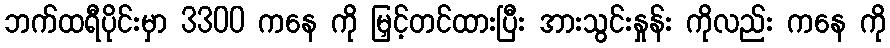
ဘက်ထရီပိုင်းမှာ 3300 ကနေ ကို မြှင့်တင်ထားပြီး အားသွင်းနှုန်း ကိုလည်း ကနေ ကို